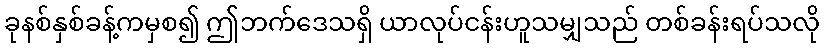
ခုနစ်နှစ်ခန့်ကမှစ၍ ဤဘက်ဒေသရှိ ယာလုပ်ငန်းဟူသမျှသည် တစ်ခန်းရပ်သလို